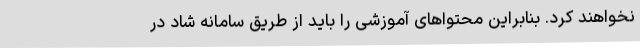
نخواهند کرد. بنابراین محتواهای آموزشی را باید از طریق سامانه شاد در